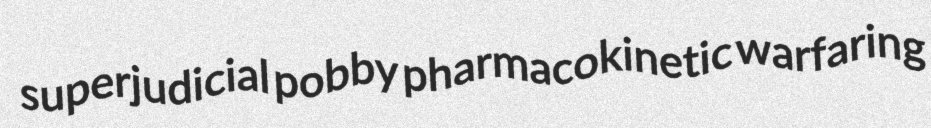
superjudicial pobby pharmacokinetic warfaring